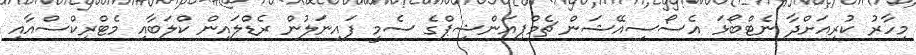
މިހާރު ކުރިއަށްދާ ނެޓްބޯޅަ އެސޯސިއޭޝަން ޗެމްޕިއަންޝިޕްގެ ސެމީ ފައިނަލުން ރެޑްލައިން ކްލަބާއި މެޓްރިކްސްއާއި